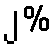
၂%